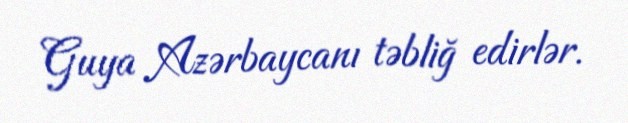
Guya Azərbaycanı təbliğ edirlər.